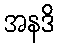
အနဒိ